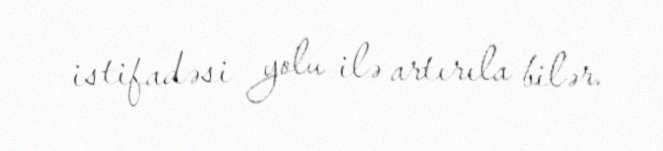
istifadəsi yolu ilə artırıla bilər.